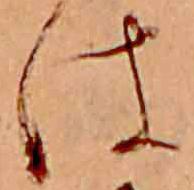
は